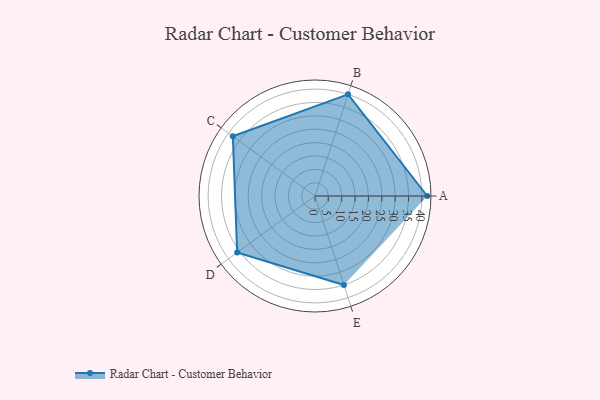
{"axis": {"x": "Skill", "y": "Score"}, "legend": ["Profile"], "data": [{"x": "A", "y": 42.0, "type": "Profile"}, {"x": "B", "y": 40.0, "type": "Profile"}, {"x": "C", "y": 38.0, "type": "Profile"}, {"x": "D", "y": 36.0, "type": "Profile"}, {"x": "E", "y": 35.0, "type": "Profile"}]}